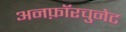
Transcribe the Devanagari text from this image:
अनफ़ॉरचुनेट